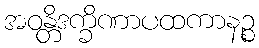
အဝန္တိဒက္ခိဏာပထကာနဉ္စ